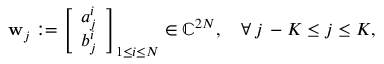
\begin{array} { r } { \mathbf { w } _ { j } : = \left[ \begin{array} { l } { a _ { j } ^ { i } } \\ { b _ { j } ^ { i } } \end{array} \right] _ { 1 \leq i \leq N } \in \mathbb { C } ^ { 2 N } , \quad \forall \, j \, - K \leq j \leq K , } \end{array}